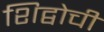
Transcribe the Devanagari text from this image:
शिद्वोची